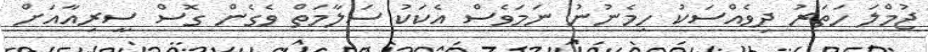
ޖުމްލަ ހަތަރު ދިވެއްސަކު ހިމެނުނު ނަމަވެސް އެކަކު ސަލާމަތް ވެގެން ގޮސް ސީރިއާއަށް